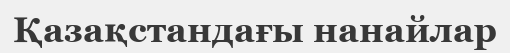
Қазақстандағы нанайлар